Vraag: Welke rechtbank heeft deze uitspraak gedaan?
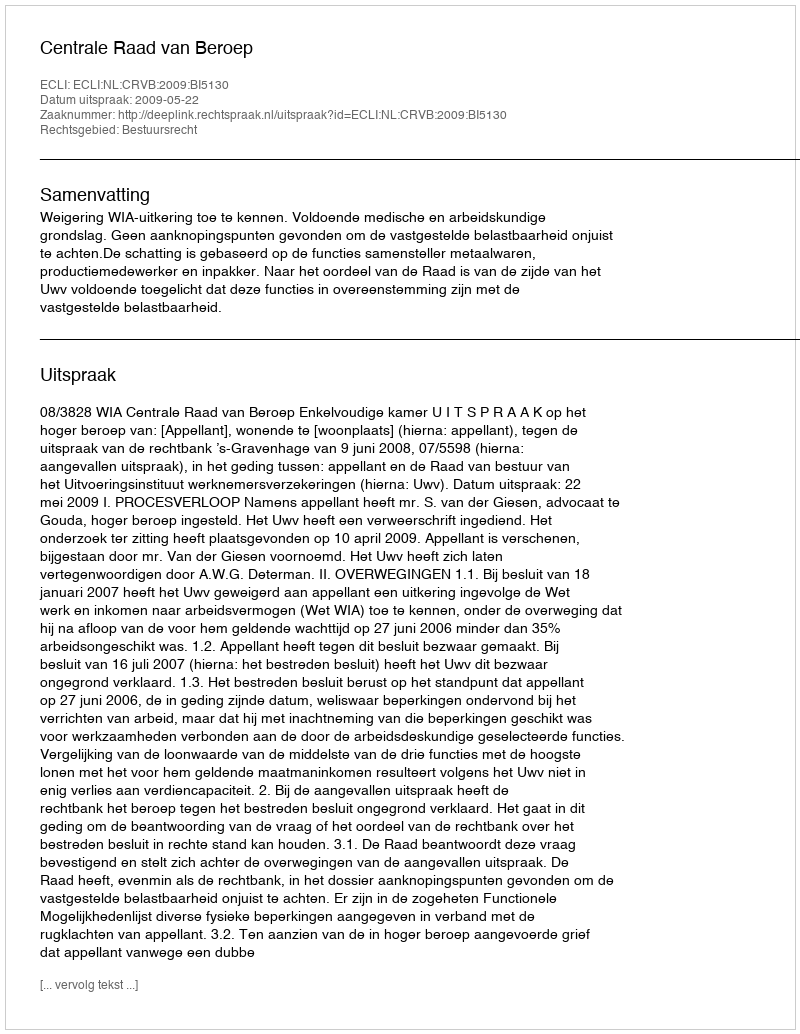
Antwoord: Centrale Raad van Beroep